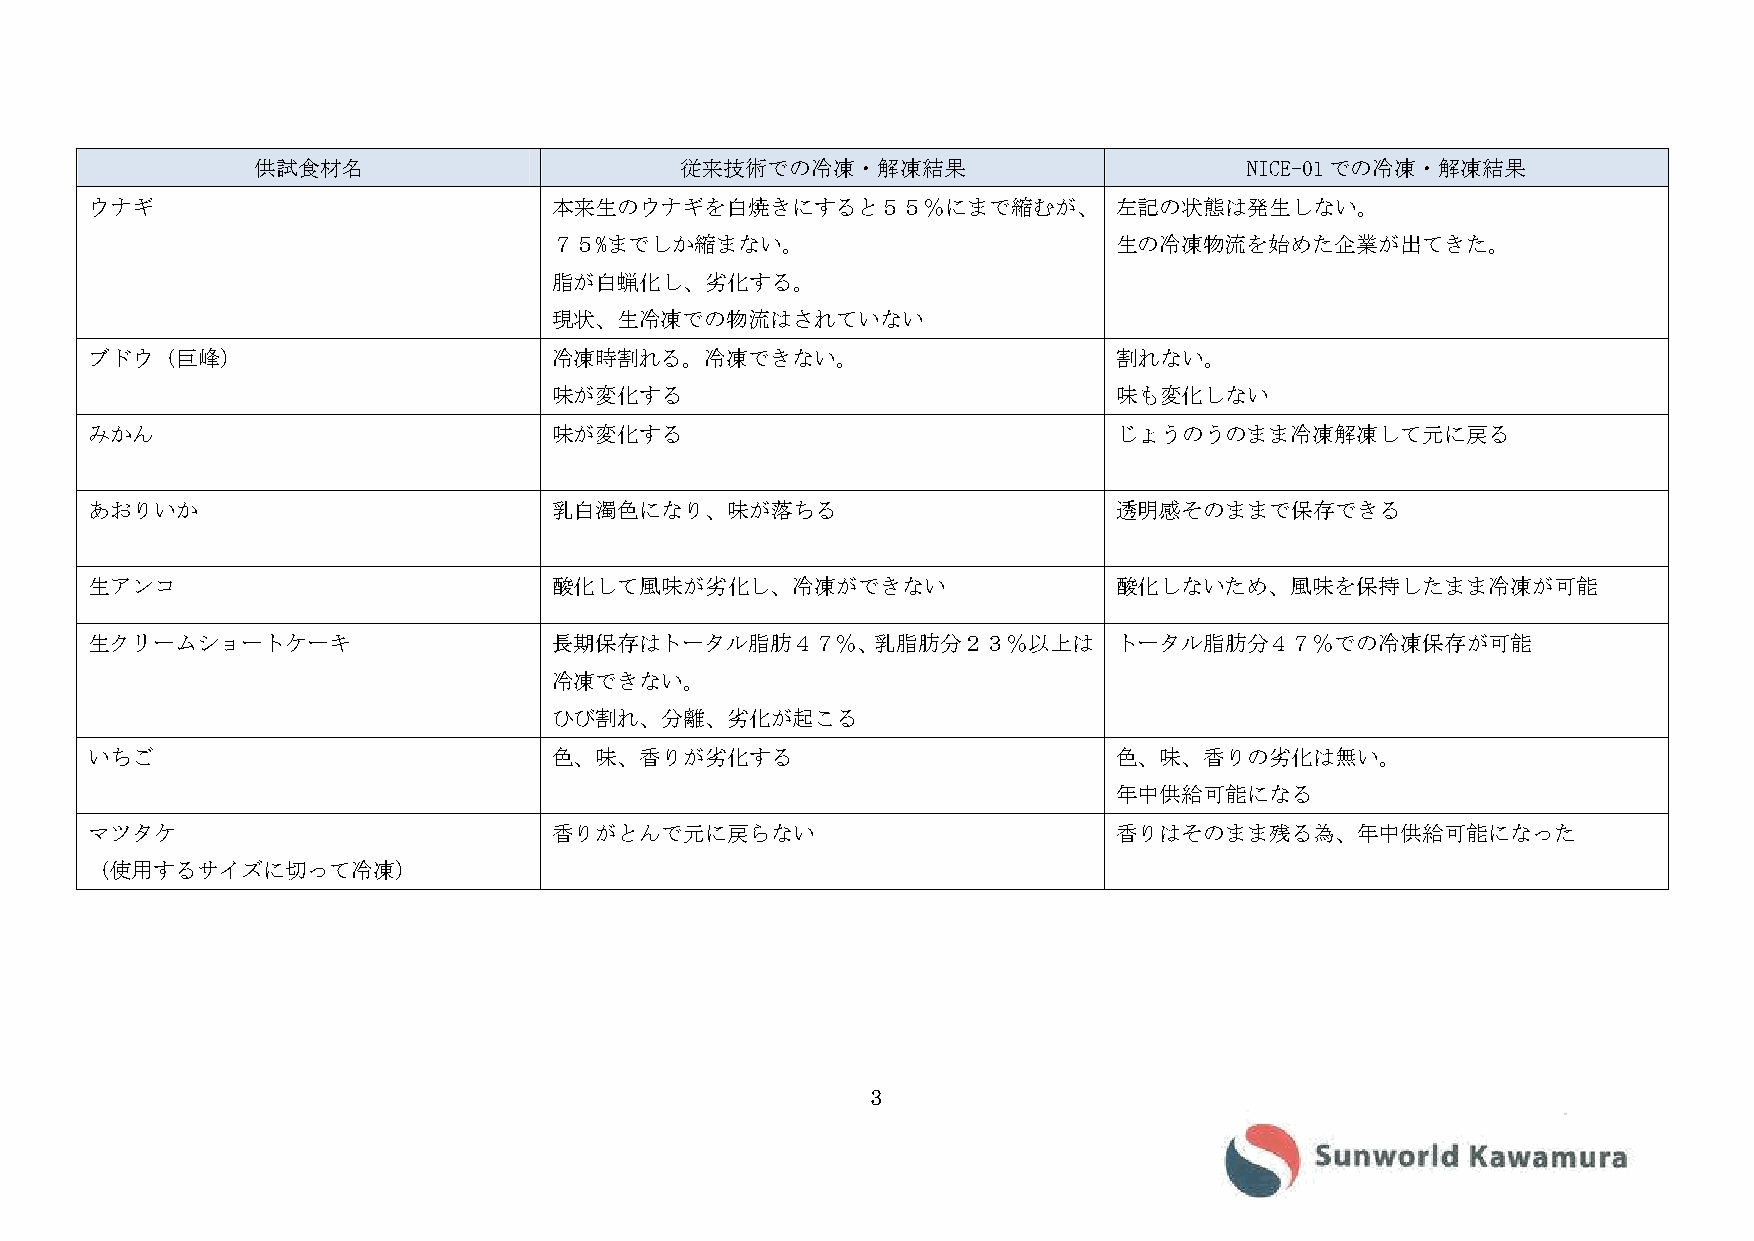
供試食材名                       従来技術での冷凍・解凍結果                         NICE-01での冷凍・解凍結果
 ウナギ                            本来生のウナギを白焼きにすると５５％にまで縮むが、            左記の状態は発生しない。
 ７５%までしか縮まない。                         生の冷凍物流を始めた企業が出てきた。
 脂が白蝋化し、劣化する。
 現状、生冷凍での物流はされていない
 ブドウ（巨峰）                        冷凍時割れる。冷凍できない。                       割れない。
 味が変化する                               味も変化しない
 みかん                            味が変化する                               じょうのうのまま冷凍解凍して元に戻る
 あおりいか                          乳白濁色になり、味が落ちる                        透明感そのままで保存できる
 生アンコ                           酸化して風味が劣化し、冷凍ができない                   酸化しないため、風味を保持したまま冷凍が可能
 生クリームショートケーキ                   長期保存はトータル脂肪４７％、乳脂肪分２３％以上は            トータル脂肪分４７％での冷凍保存が可能
 冷凍できない。
 ひび割れ、分離、劣化が起こる
 いちご                            色、味、香りが劣化する                          色、味、香りの劣化は無い。
 年中供給可能になる
 マツタケ                           香りがとんで元に戻らない                         香りはそのまま残る為、年中供給可能になった
 （使用するサイズに切って冷凍）
 3